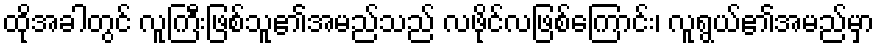
ထိုအခါတွင် လူကြီးဖြစ်သူ၏အမည်သည် လဖိုင်လဖြစ်ကြောင်း၊ လူရွယ်၏အမည်မှာ